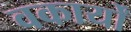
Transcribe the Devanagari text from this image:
वकार्यों